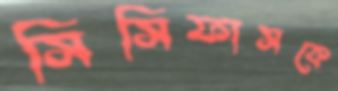
সিসিফাসকে